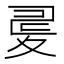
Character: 𡕪